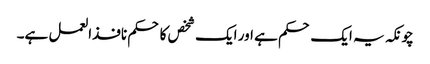
چونکہ یہ ایک حکم ہے اور ایک شخص کا حکم نافذالعمل ہے۔